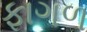
ફાગળ